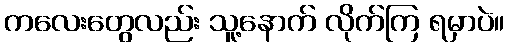
ကလေးတွေလည်း သူ့နောက် လိုက်ကြ ရမှာပဲ။